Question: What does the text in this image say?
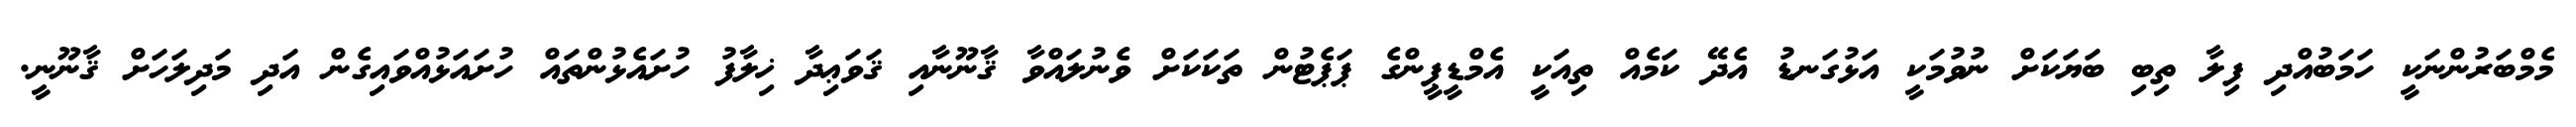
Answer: މެމްބަރުންނަކީ ހަމަބުއްދި ފިލާ ތިބި ބަޔަކަށް ނުވުމަކީ އަޅުގަނޑު އެދޭ ކަމެއް ތިއަކީ އެމްޑީޕީންގެ ޕަޕެޓުން ތަކަކަށް ވެނުލައްވާ ޤާނޫނާއި ޤަވަޢިދާ ޚިލާފު ހުށައެޅުންތައް ހުށައަޅުއްވައިގެން އަދި މަދިލަހަށް ޤާނޫނީ.